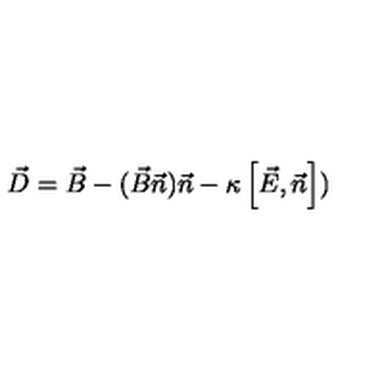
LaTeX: \vec { D } = \vec { B } - ( \vec { B } \vec { n } ) \vec { n } - \kappa \left[ \vec { E } , \vec { n } \right] )